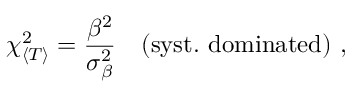
\chi _ { \langle T \rangle } ^ { 2 } = \frac { \beta ^ { 2 } } { \sigma _ { \beta } ^ { 2 } } \quad { ( \mathrm { s y s t . \ d o m i n a t e d ) } } \ ,